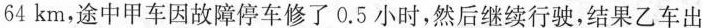
64km，途中甲车因故障停车修了0.5小时，然后继续行驶，结果乙车出